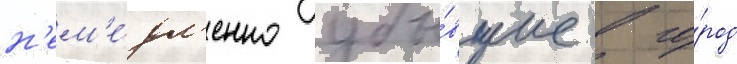
н'ем'е́дл'енно убы́вшие в го́род